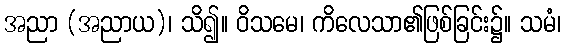
အညာ (အညာယ)၊ သိ၍။ ဝိသမေ၊ ကိလေသာ၏ဖြစ်ခြင်း၌။ သမံ၊